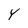
Character: Y